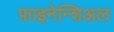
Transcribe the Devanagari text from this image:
फ़ाइनेन्शिअल